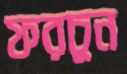
ফরচুন